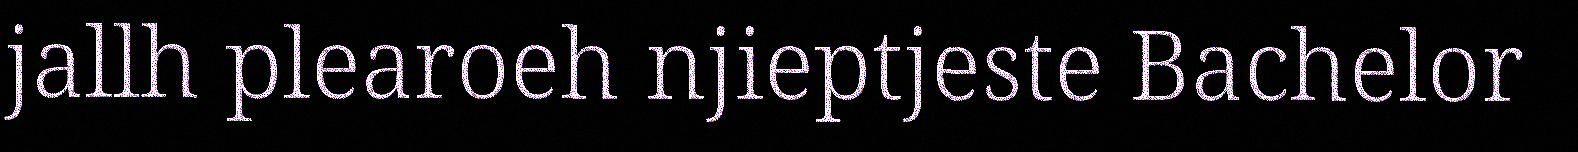
jallh plearoeh njieptjeste Bachelor